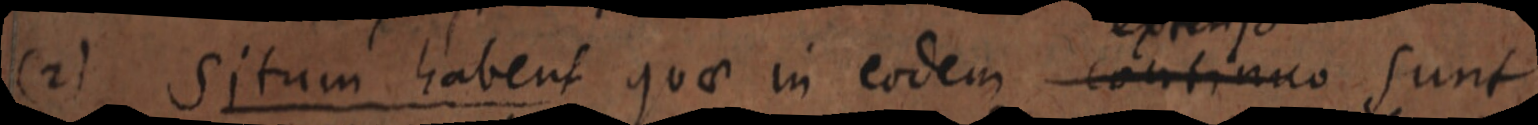
(2) Situm habent quae in eodem continuo sunt